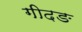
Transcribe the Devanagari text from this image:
गीदङ